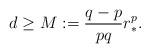
LaTeX: \begin{align*}d\ge M:=\frac{q-p}{pq}r_*^p.\end{align*}